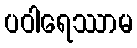
ပဝါရေဿာမ